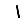
Digit: 1